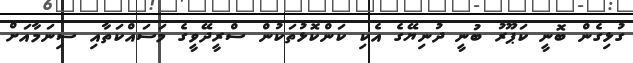
ގުޅިގެން ބޮނީ ކަޕޫރު ބުނީ ދުނިޔޭގެ އެކި ކަންކޮޅުތަކުން ސްރީދޭވީގެ މަސައްކަތާއި ސިނަމާއަށް